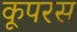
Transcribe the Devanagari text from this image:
कूपरस